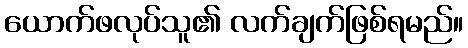
ယောက်ဖလုပ်သူ၏ လက်ချက်ဖြစ်ရမည်။